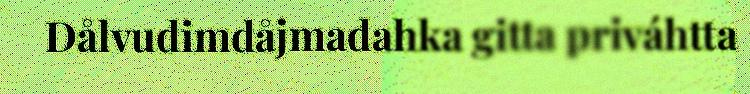
Dålvudimdåjmadahka gitta priváhtta